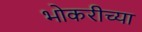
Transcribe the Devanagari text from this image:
भोकरीच्या